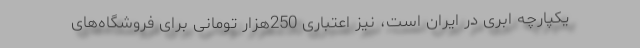
یکپارچه ابری در ایران است، نیز اعتباری 250هزار تومانی برای فروشگاه‌های